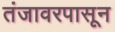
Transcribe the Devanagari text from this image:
तंजावरपासून